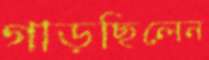
গাড়ছিলেন